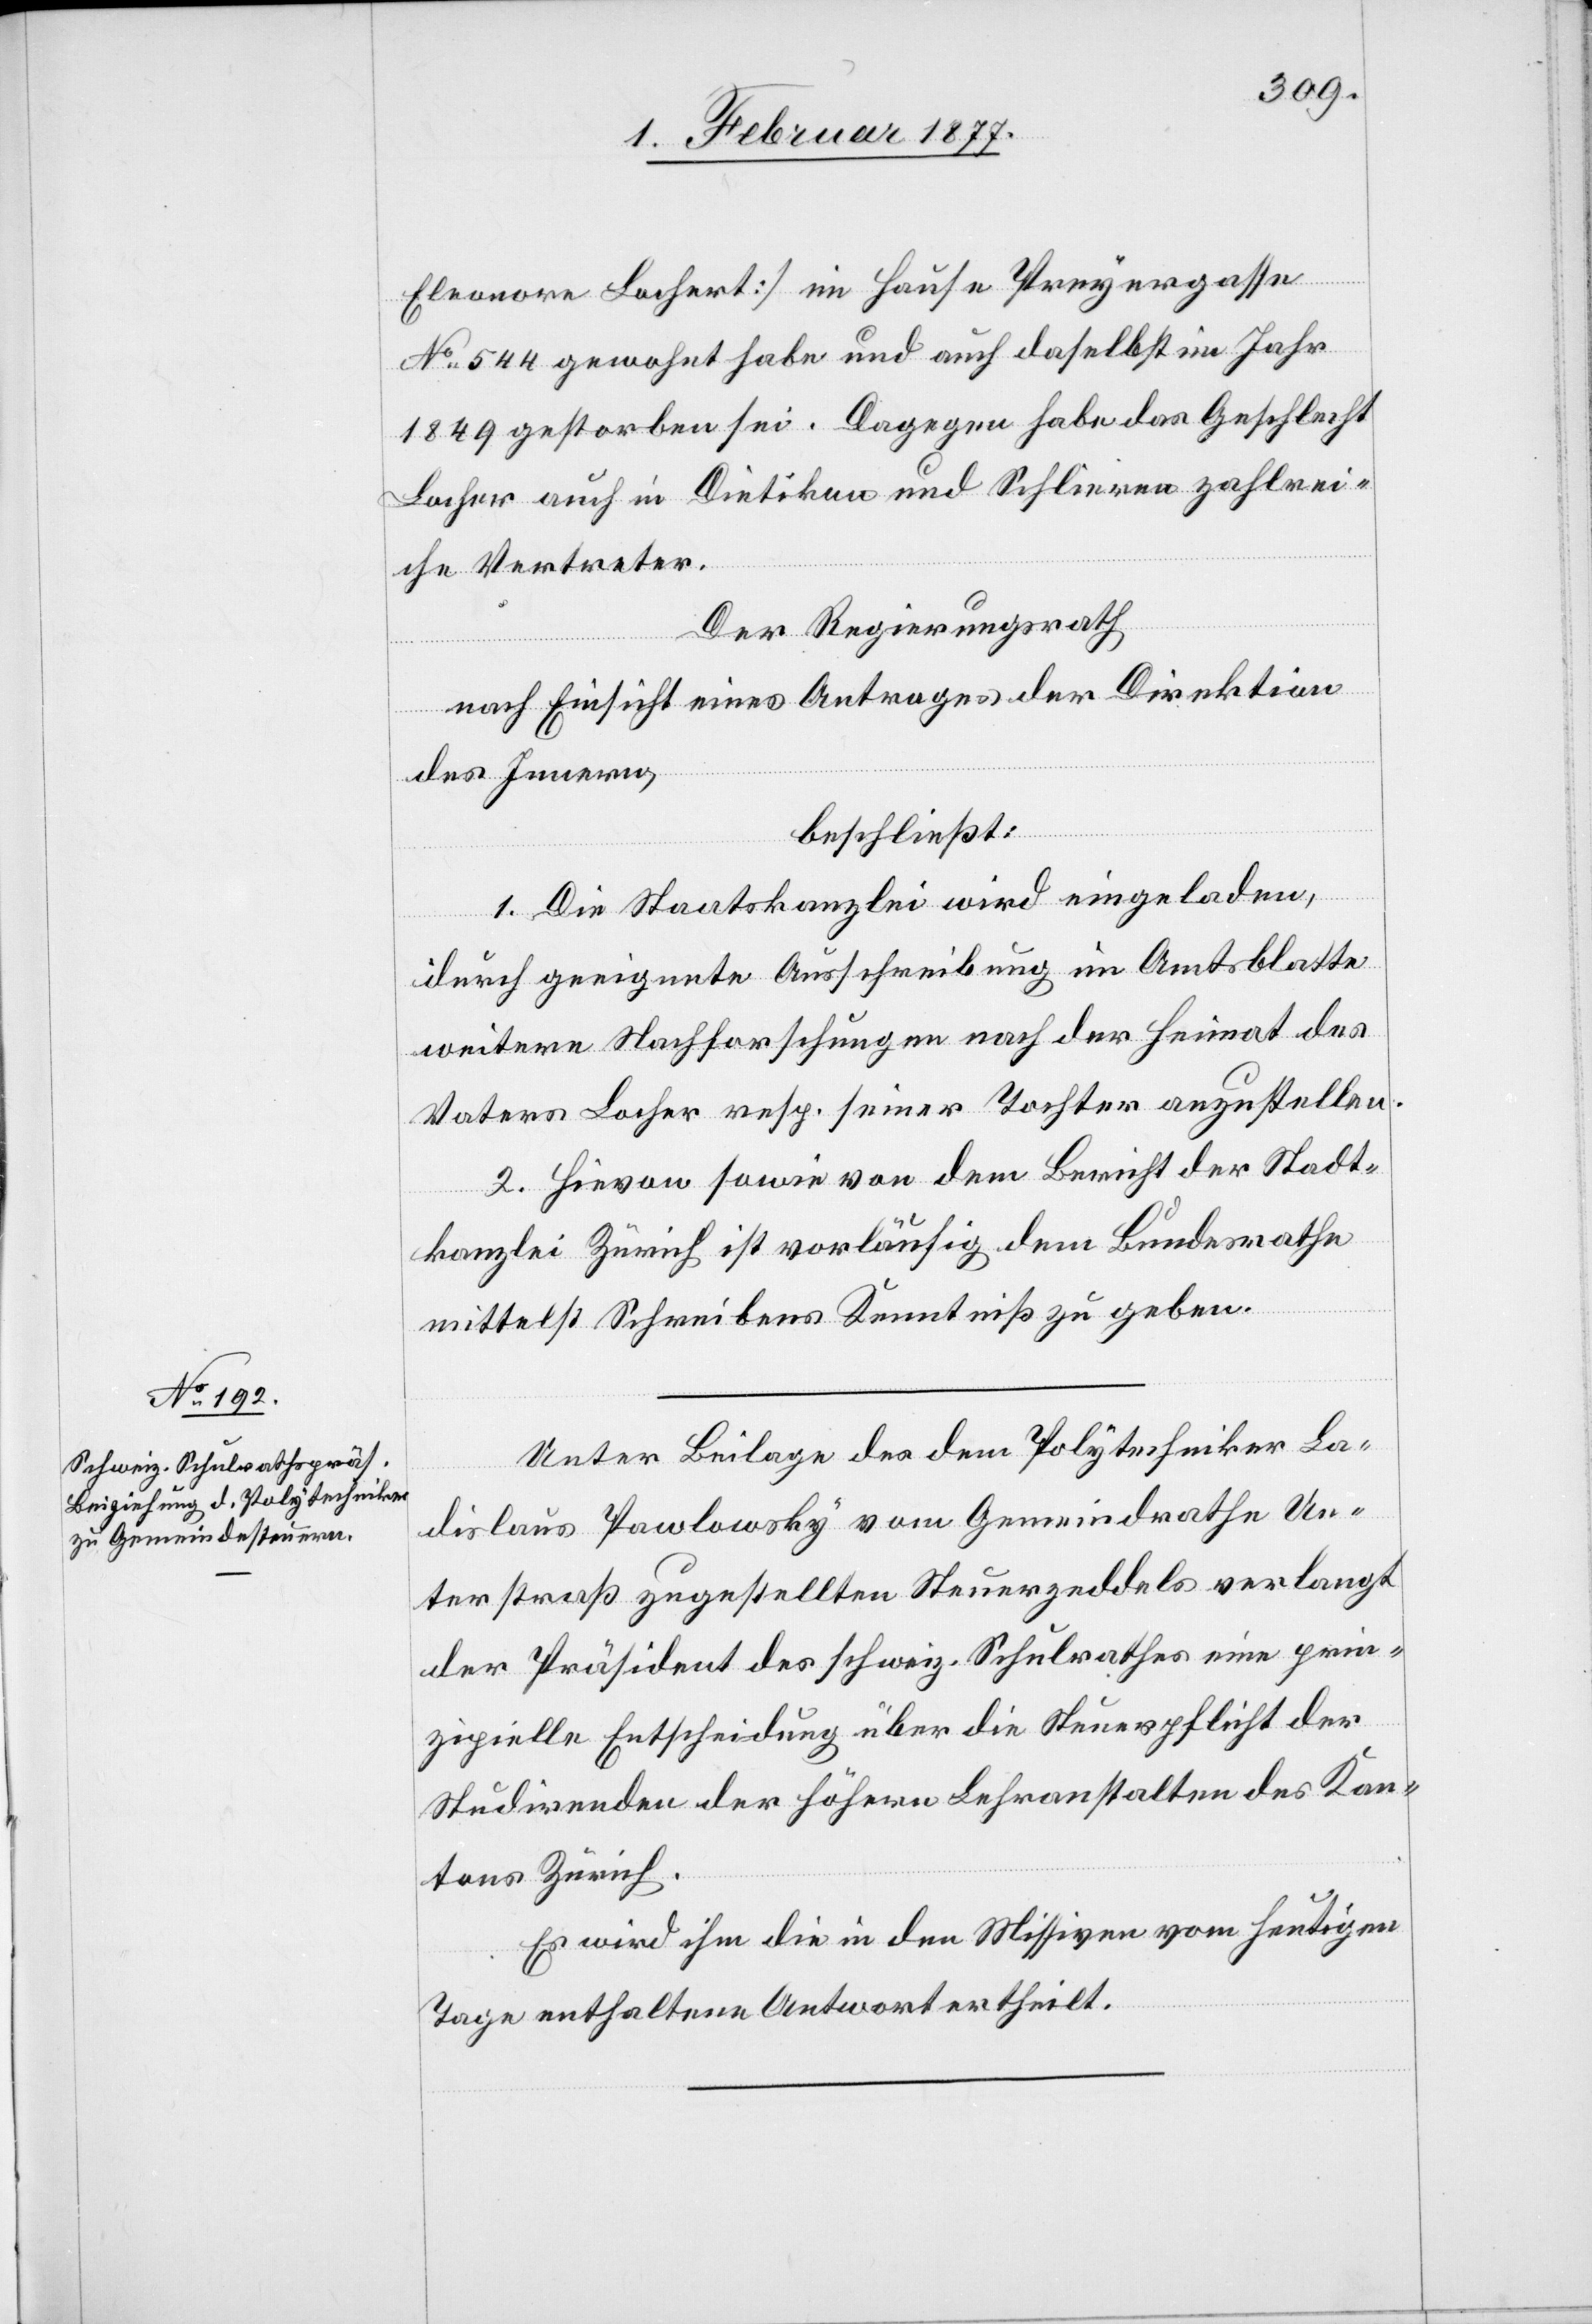
Eleonore Lochert] im Hause Preyergasse
No 544 gewohnt habe und auch daselbst im Jahr
1849 gestorben sei. Dagegen habe das Geschlecht
Locher auch in Dietikon und Schlieren zahlrei¬
che Vertreter.
Der Regierungsrath
nach Einsicht eines Antrages der Direktion
des Innern,
beschließt:
1. Die Staatskanzlei wird eingeladen,
durch geeignete Ausschreibung im Amtsblatte
weitere Nachforschungen nach der Heimat des
Vaters Locher resp. seiner Tochter anzustellen.
2. Hievon sowie von dem Bericht der Stadt¬
kanzlei Zürich ist vorläufig dem Bundesrathe
mittelst Schreibens Kenntniß zu geben.
Unter Beilage des dem Polytechniker La¬
dislaus Pawlowsky vom Gemeindrathe Un¬
terstraß zugestellten Steuerzeddels verlangt
der Präsident des schweiz. Schulrathes eine prin¬
zipielle Entscheidung über die Steuerpflicht der
Studirenden der höhern Lehranstalten des Kan¬
tons Zürich.
Es wird ihm die in den Missiven vom heutigen
Tage enthaltene Antwort ertheilt.